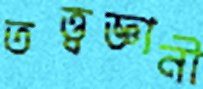
তত্ত্বজ্ঞানী